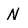
Character: N